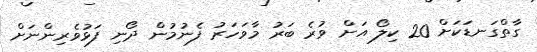
ގާތްގަނޑަކަށް 20 ކިލޯ އަށް ވުރެ ބަރު މާވަހަރު ފެނުމުން ދޯނި ފަޅުވެރިންނަށް